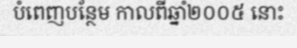
បំពេញបន្ថែម កាលពីឆ្នាំ២០០៥ នោះ